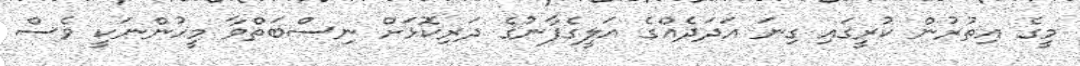
މީގެ އިތުރުން ކުރީގައި ގިނަ އަދަދެއްގެ އަލީގެފާނުގެ ދަރިކޮޅަށް ނިސްބަތްވާ މީހުންނަކީ ވެސް